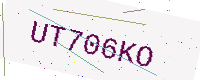
Text: UT706KO